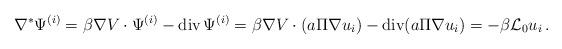
LaTeX: \begin{align*} \nabla^* \Psi^{(i)} = \beta\nabla V\cdot \Psi^{(i)} - \mbox{div}\,\Psi^{(i)} = \beta\nabla V\cdot (a\Pi \nabla u_i) - \mbox{div}(a\Pi \nabla u_i) = -\beta \mathcal{L}_0 u_i \,. \end{align*}